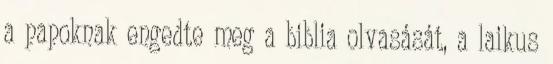
a papoknak engedte meg a biblia olvasását, a laikus